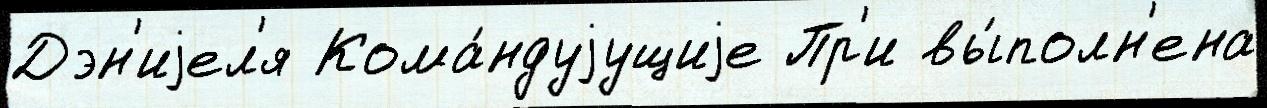
Дэн'иjел'я Кома́ндуjущиjе Пр'и вы́полн'ена